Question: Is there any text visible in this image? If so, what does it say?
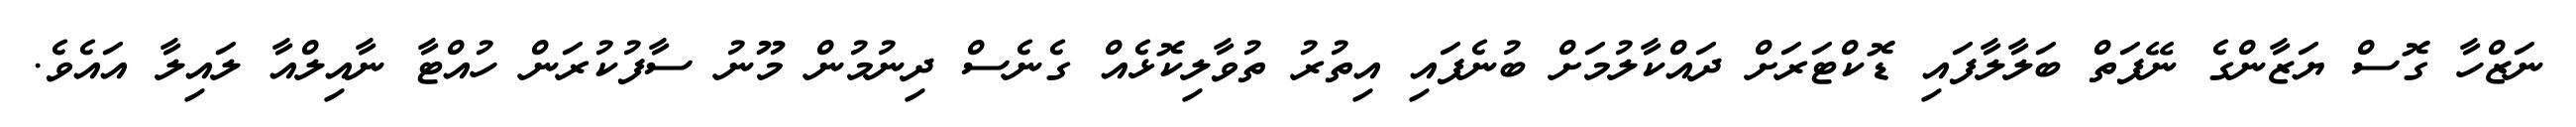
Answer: ނަޒްހާ ގޮސް ޔަޒާންގެ ނޭފަތް ބަލާލާފައި ޑޮކްޓަރަށް ދައްކާލުމަށް ބުނެފައި އިތުރު ތުވާލިކޮޅެއް ގެނެސް ދިނުމުން މޫނު ސާފުކުރަން ހުއްޓާ ނާއިލްއާ ލައިލާ އައެވެ.